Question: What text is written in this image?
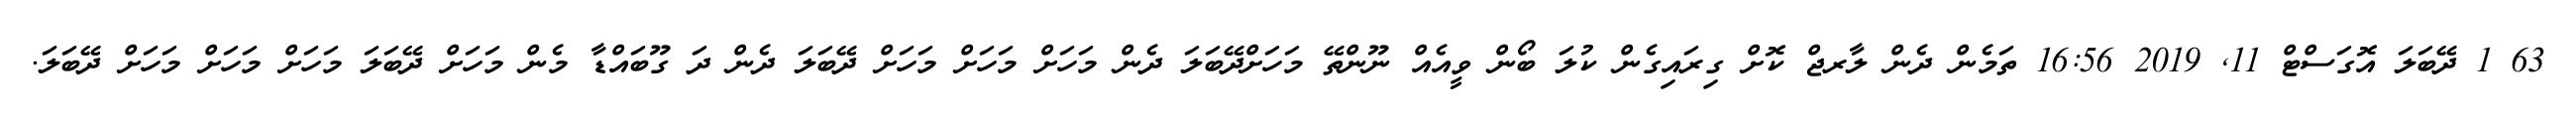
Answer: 63 1 ދޭބަލަ އޮގަސްޓް 11, 2019 16:56 ތަމެން ދެން ލާރޖް ކޮށް ގިރައިގެން ކުލަ ބޯން ވީއެއް ނޫންތޭ މަހަށްދޭބަލަ ދެން މަހަށް މަހަށް މަހަށް ދޭބަލަ ދެން ދަ ގޫބައްޑާ މެން މަހަށް ދޭބަލަ މަހަށް މަހަށް މަހަށް ދޭބަލަ.